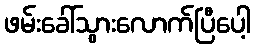
ဖမ်းခေါ်သွားလောက်ပြီပေါ့